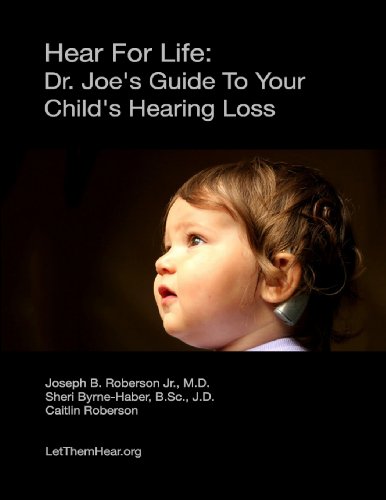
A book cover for Hear For Life:: Dr. Joe's Guide To Your Child's Hearing Loss; Dr Joseph B Roberson Jr MD; Health, Fitness & Dieting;